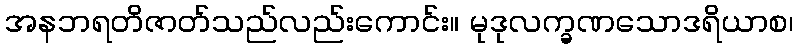
အနဘရတိဇာတ်သည်လည်းကောင်း။ မုဒုလက္ခဏသောဒရိယာစ၊